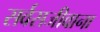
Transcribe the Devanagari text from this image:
सर्वसजीवाना